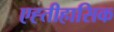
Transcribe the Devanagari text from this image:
एह्तीहासिक